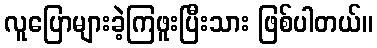
လူပြောများခဲ့ကြဖူးပြီးသား ဖြစ်ပါတယ်။